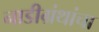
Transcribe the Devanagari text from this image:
नाडीग्रंथांचा